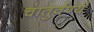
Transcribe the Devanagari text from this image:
चातुर्वर्ण्यं